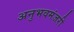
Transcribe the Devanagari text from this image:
अनुभवमंजरी